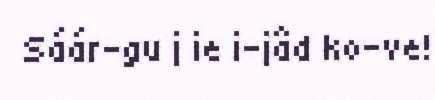
Sáár-gu j ie i-jâd ko-ve!